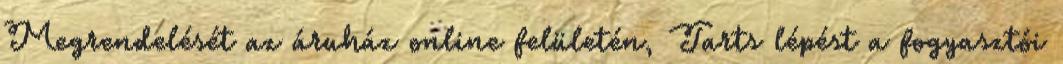
Megrendelését az áruház online felületén, Tarts lépést a fogyasztói